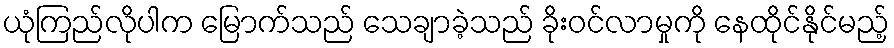
ယုံကြည်လိုပါက မြောက်သည် သေချာခဲ့သည် ခိုးဝင်လာမှုကို နေထိုင်နိုင်မည့်